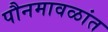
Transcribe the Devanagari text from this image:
पौनमावळांत